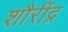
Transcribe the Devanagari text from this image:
शौरींद्र